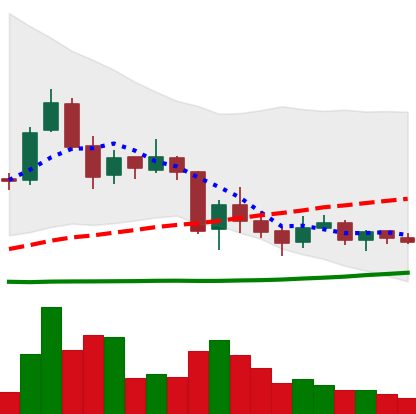
Ticker: TRX-USD
Chart end date: 2018-06-07
Forward return: -25.225%
Label: down_7plus